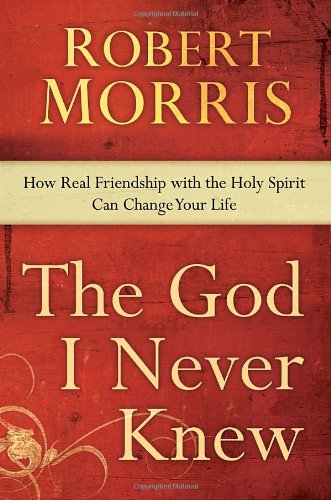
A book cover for The God I Never Knew: How Real Friendship with the Holy Spirit Can Change Your Life; Robert Morris; Christian Books & Bibles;